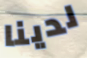
لدينا